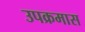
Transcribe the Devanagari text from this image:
उपक्रमास